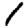
Digit: 1